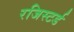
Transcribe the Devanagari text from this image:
रजिस्‍टर्ड